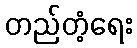
တည်တံ့ရေး